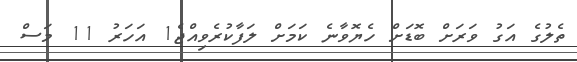
ތެލުގެ އަގު ވަރަށް ބޮޑަށް ހެޔޮވާނެ ކަމަށް ލަފާކުރެވިއްޖެ1 އަހަރު 11 މަސް